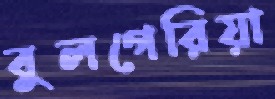
বুলগেরিয়া